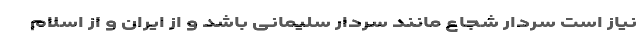
نیاز است سردار شجاع مانند سردار سلیمانی باشد و از ایران و از اسلام